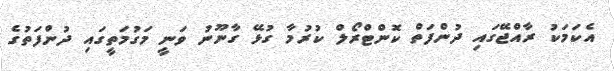
އެކަމަކު ރާއްޖޭގައި ދުންފަތް ކޮންޓްރޯލް ކުރުމާ ގުޅޭ ގާނޫނު ވަނީ މަގުމަތީގައި ދުންފަތުގެ